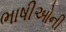
ભાષીઓની